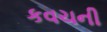
કવચની